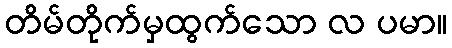
တိမ်တိုက်မှထွက်သော လ ပမာ။